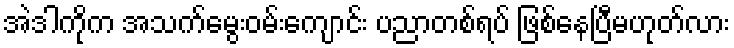
အဲဒါကိုက အသက်မွေးဝမ်းကျောင်း ပညာတစ်ရပ် ဖြစ်နေပြီမဟုတ်လား